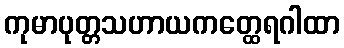
ကုမာပုတ္တသဟာယကတ္ထေရဂါထာ